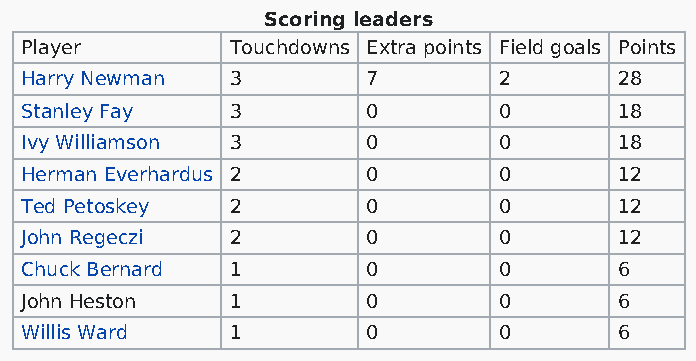
Scoring leaders
 Player        Touchdowns Extra points Field goals Points
 Harry Newman  3        7        2       28
 Stanley Fay   3        0        0       18
 Ivy Williamson 3       0        0       18
 Herman Everhardus 2    0        0       12
 Ted Petoskey  2        0        0       12
 John Regeczi  2        0        0       12
 Chuck Bernard 1        0        0       6
 John Heston   1        0        0       6
 Willis Ward   1        0        0       6